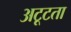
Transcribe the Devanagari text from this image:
अटूटता